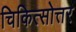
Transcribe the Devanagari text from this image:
चिकित्सोत्तर